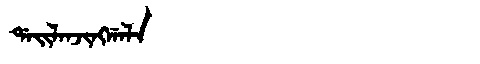
Manchu: ᡩᠠᡳᠯᠠᠨᠵᡳᠩᡤᠠᠯᠠ
Romanization: DAILANJINGGALA